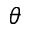
\theta